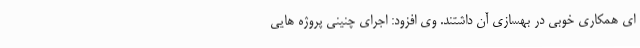
ای همکاری خوبی در بهسازی آن داشتند. وی افزود: اجرای چنینی پروژه هایی